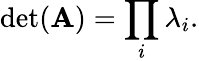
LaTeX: \operatorname*{det}(\mathbf{A})=\prod_{i}\lambda_{i}.